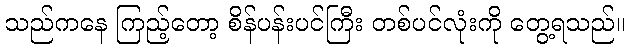
သည်ကနေ ကြည့်တော့ စိန်ပန်းပင်ကြီး တစ်ပင်လုံးကို တွေ့ရသည်။